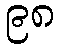
၉၈